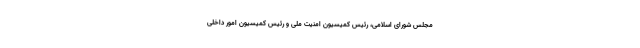
مجلس شورای اسلامی، رئیس کمیسیون امنیت ملی و رئیس کمیسیون امور داخلی